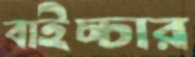
বাইচ্চার